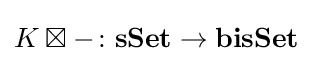
K\boxtimes -\colon \mathbf {sSet} \rightarrow \mathbf {bisSet}